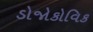
ડોજોકોવિક